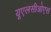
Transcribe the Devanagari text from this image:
यूएलसीओएस